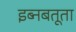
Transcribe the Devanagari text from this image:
इब्‍नबतूता